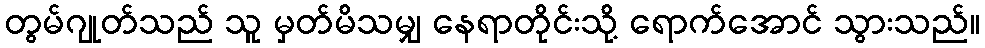
တွမ်ဂျုတ်သည် သူ မှတ်မိသမျှ နေရာတိုင်းသို့ ရောက်အောင် သွားသည်။